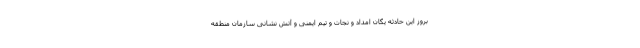
بروز این حادثه یگان امداد و نجات و تیم ایمنی و آتش نشانی سازمان منطقه